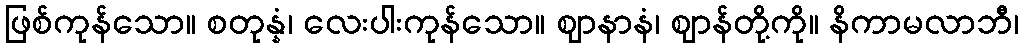
ဖြစ်ကုန်သော။ စတုန္နံ၊ လေးပါးကုန်သော။ ဈာနာနံ၊ ဈာန်တို့ကို။ နိကာမလာဘီ၊